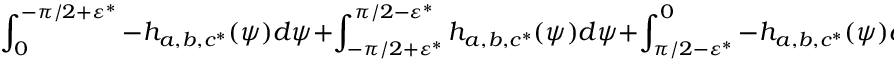
\int _ { 0 } ^ { - \pi / 2 + \varepsilon ^ { * } } - h _ { a , b , c ^ { * } } ( \psi ) d \psi + \int _ { - \pi / 2 + \varepsilon ^ { * } } ^ { \pi / 2 - \varepsilon ^ { * } } h _ { a , b , c ^ { * } } ( \psi ) d \psi + \int _ { \pi / 2 - \varepsilon ^ { * } } ^ { 0 } - h _ { a , b , c ^ { * } } ( \psi ) d \psi = 2 \int _ { - \pi / 2 + \varepsilon ^ { * } } ^ { \pi / 2 - \varepsilon ^ { * } } h _ { a , b , c ^ { * } } ( \psi ) d \psi .